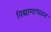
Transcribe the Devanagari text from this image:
विद्यामाधवन